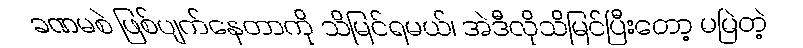
ခဏမစဲ ဖြစ်ပျက်နေတာကို သိမြင်ရမယ်၊ အဲဒီလိုသိမြင်ပြီးတော့ မမြဲတဲ့